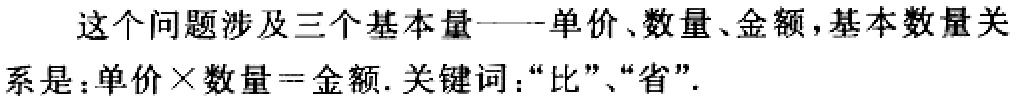
这个问题涉及三个基本量——单价、数量、金额，基本数量关系是：单价×数量 = 金额. 关键词：“比”、“省”.